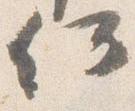
何